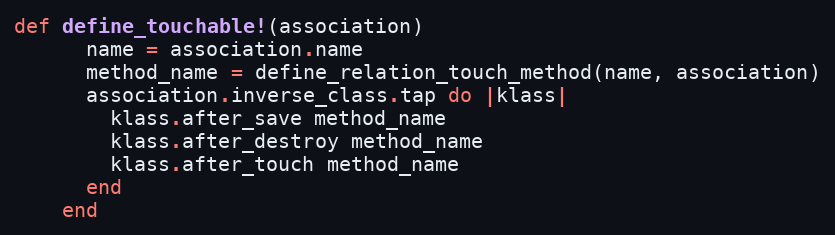
Language: Ruby
def define_touchable!(association)
      name = association.name
      method_name = define_relation_touch_method(name, association)
      association.inverse_class.tap do |klass|
        klass.after_save method_name
        klass.after_destroy method_name
        klass.after_touch method_name
      end
    end